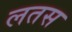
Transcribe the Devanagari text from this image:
लतस